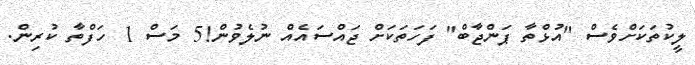
ލީކުތަކަށްވެސް "އުޅްތާ ޕަންޖާބް" ފަހަތަކަށް ޖައްސައެއް ނުލެވުން!5 މަސް 1 ހަފްތާ ކުރިން.